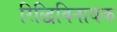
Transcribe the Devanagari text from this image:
रिद्धिविनायक